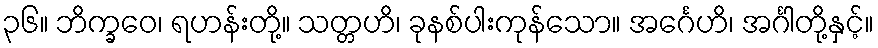
၃၆။ ဘိက္ခဝေ၊ ရဟန်းတို့။ သတ္တဟိ၊ ခုနစ်ပါးကုန်သော။ အင်္ဂေဟိ၊ အင်္ဂါတို့နှင့်။